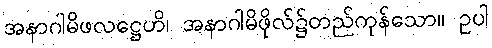
အနာဂါမိဖလဋ္ဌေဟိ၊ အနာဂါမိဖိုလ်၌တည်ကုန်သော။ ဥပါ